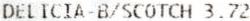
DEITCIA-B/SCOTCH 3.72